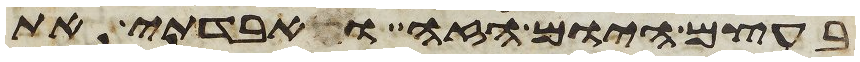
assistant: בעצם היום הזה ואבדתי את